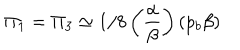
\Pi _ { 1 } = \Pi _ { 3 } \simeq 1 / 8 \left( \frac { \alpha } { \beta } \right) \left( p _ { b } \beta \right)